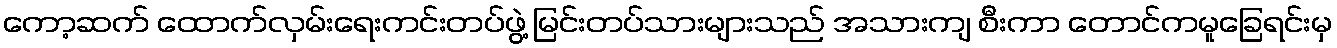
ကော့ဆက် ထောက်လှမ်းရေးကင်းတပ်ဖွဲ့ မြင်းတပ်သားများသည် အသားကျ စီးကာ တောင်ကမူခြေရင်းမှ